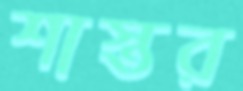
শাস্তর